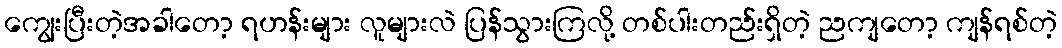
ကျွေးပြီးတဲ့အခါတော့ ရဟန်းများ လူများလဲ ပြန်သွားကြလို့ တစ်ပါးတည်းရှိတဲ့ ညကျတော့ ကျန်ရစ်တဲ့